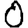
Digit: 0